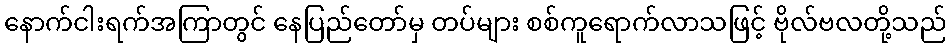
နောက်ငါးရက်အကြာတွင် နေပြည်တော်မှ တပ်များ စစ်ကူရောက်လာသဖြင့် ဗိုလ်ဗလတို့သည်